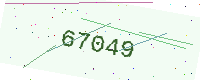
Text: 67049